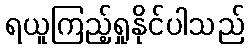
ရယူကြည့်ရှုနိုင်ပါသည်